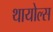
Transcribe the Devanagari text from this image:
थायोल्स